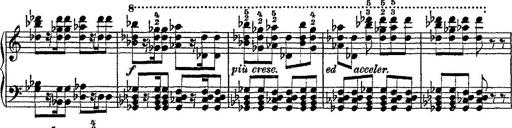
Title: Fantaisie romantique sur deux mÃ©lodies suisses
Composer: Franz Liszt